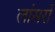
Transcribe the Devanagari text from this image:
लांसरों